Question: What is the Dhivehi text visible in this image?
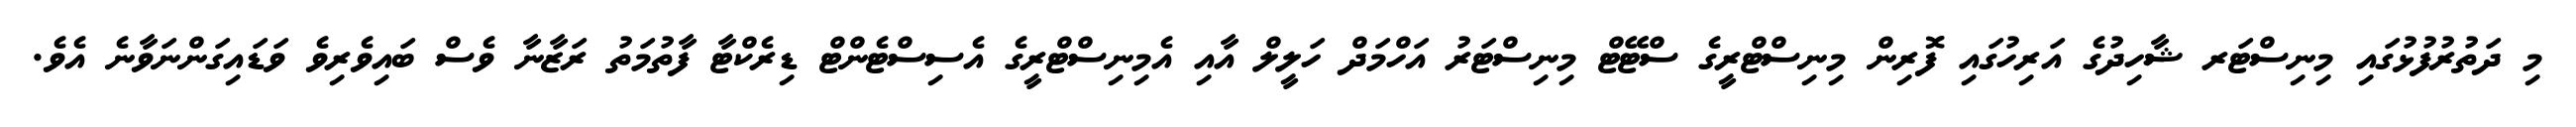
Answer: މި ދަތުރުފުޅުގައި މިނިސްޓަރ ޝާހިދުގެ އަރިހުގައި ފޮރިން މިނިސްޓްރީގެ ސްޓޭޓް މިނިސްޓަރު އަހްމަދް ހަލީލް އާއި އެމިނިސްޓްރީގެ އެސިސްޓެންޓް ޑިރެކްޓާ ފާތުމަތު ރަޒާނާ ވެސް ބައިވެރިވެ ވަޑައިގަންނަވާނެ އެވެ.